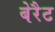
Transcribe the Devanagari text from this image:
बेरैट